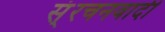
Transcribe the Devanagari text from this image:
स्ंरचनवादी